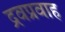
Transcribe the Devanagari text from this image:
द्रवप्रवाह